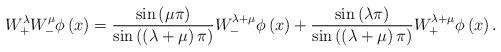
LaTeX: \begin{align*}W_+^{\lambda} W_-^{\mu} \phi \left(x\right) = \frac{\sin\left(\mu \pi\right)}{\sin\left( \left(\lambda +\mu\right) \pi \right)} W_-^{\lambda + \mu} \phi \left(x\right) + \frac{\sin\left(\lambda \pi \right)}{\sin\left( \left(\lambda +\mu\right) \pi \right)} W_+^{\lambda + \mu} \phi \left(x\right). \end{align*}